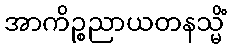
အာကိဉ္စညာယတနသ္မိံ